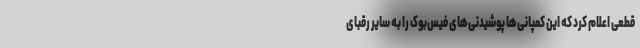
قطعی اعلام کرد که این کمپانی‌ها پوشیدنی‌های فیس‌بوک را به سایر رقبای